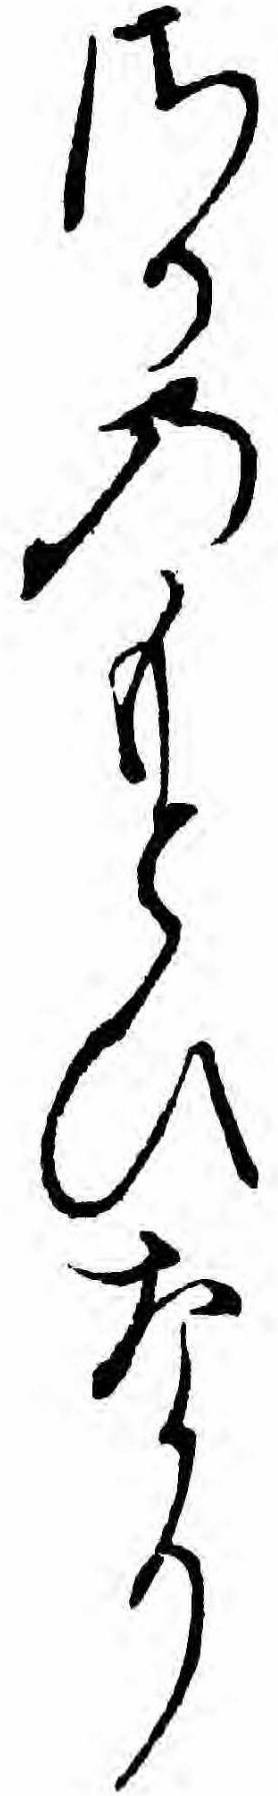
さるのもとひなり